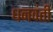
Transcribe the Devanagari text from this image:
धनवंती